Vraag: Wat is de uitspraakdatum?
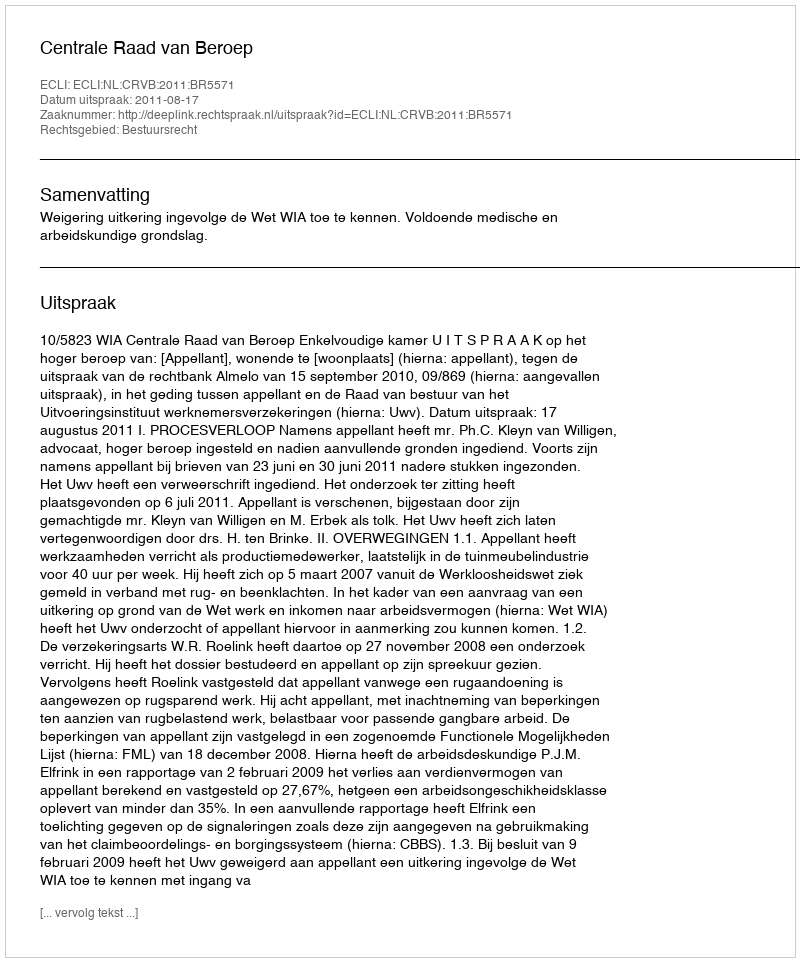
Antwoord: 2011-08-17